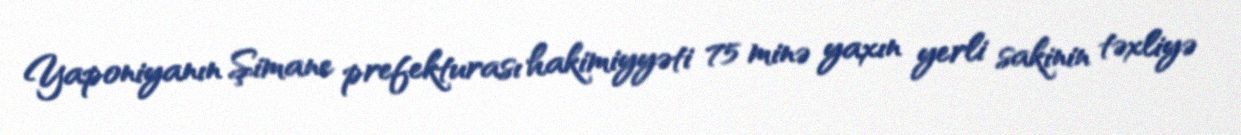
Yaponiyanın Şimane prefekturası hakimiyyəti 75 minə yaxın yerli sakinin təxliyə